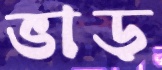
ভাড়